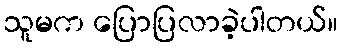
သူမက ပြောပြလာခဲ့ပါတယ်။